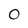
Character: 0